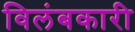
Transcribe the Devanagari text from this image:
विलंबकारी